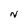
Character: N